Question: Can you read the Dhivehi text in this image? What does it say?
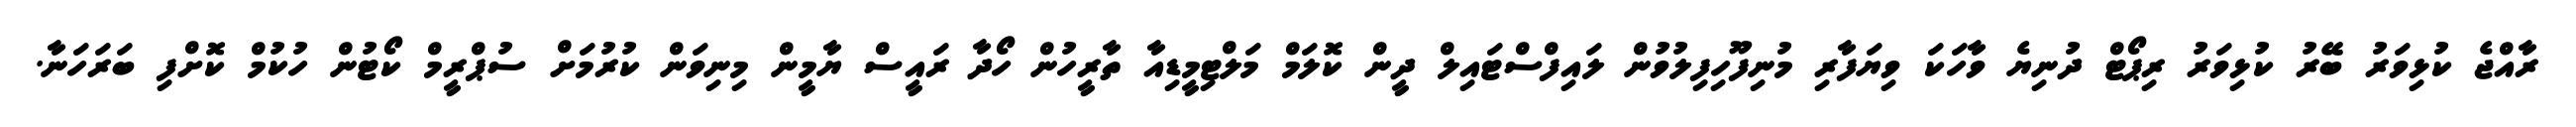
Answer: ރާއްޖެ ކުޅިވަރު ބޭރު ކުޅިވަރު ރިޕޯޓް ދުނިޔެ ވާހަކަ ވިޔަފާރި މުނިފޫހިފިލުވުން ލައިފްސްޓައިލް ދީން ކޮލަމް މަލްޓިމީޑިއާ ތާރީހުން ހޯދާ ރައީސް ޔާމީން މިނިވަން ކުރުމަށް ސުޕްރީމް ކޯޓުން ހުކުމް ކޮށްފި ބަރަހަނާ.